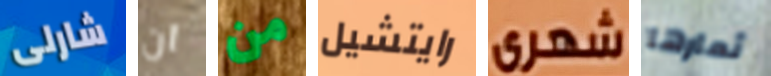
شارلى ان من رايتشيل شهرى ثمارها